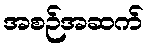
အစဉ်အဆက်